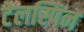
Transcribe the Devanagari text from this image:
टेलस्पिन